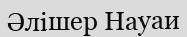
Әлішер Науаи